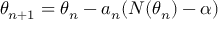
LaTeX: \theta _ { n + 1 } = \theta _ { n } - a _ { n } ( N ( \theta _ { n } ) - \alpha )